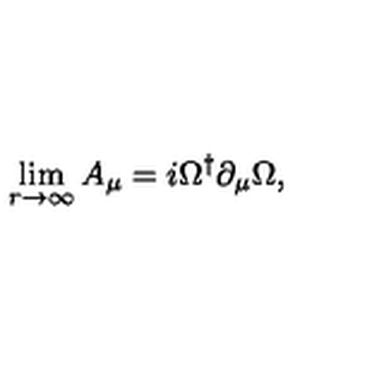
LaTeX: \lim _ { r \rightarrow \infty } A _ { \mu } = i \Omega ^ { \dagger } \partial _ { \mu } \Omega ,